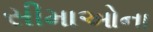
સીમાઓના